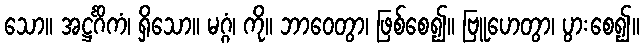
သော။ အဋ္ဌင်္ဂိကံ၊ ရှိသော။ မဂ္ဂံ၊ ကို။ ဘာဝေတွာ၊ ဖြစ်စေ၍။ ဗြူဟေတွာ၊ ပွားစေ၍။